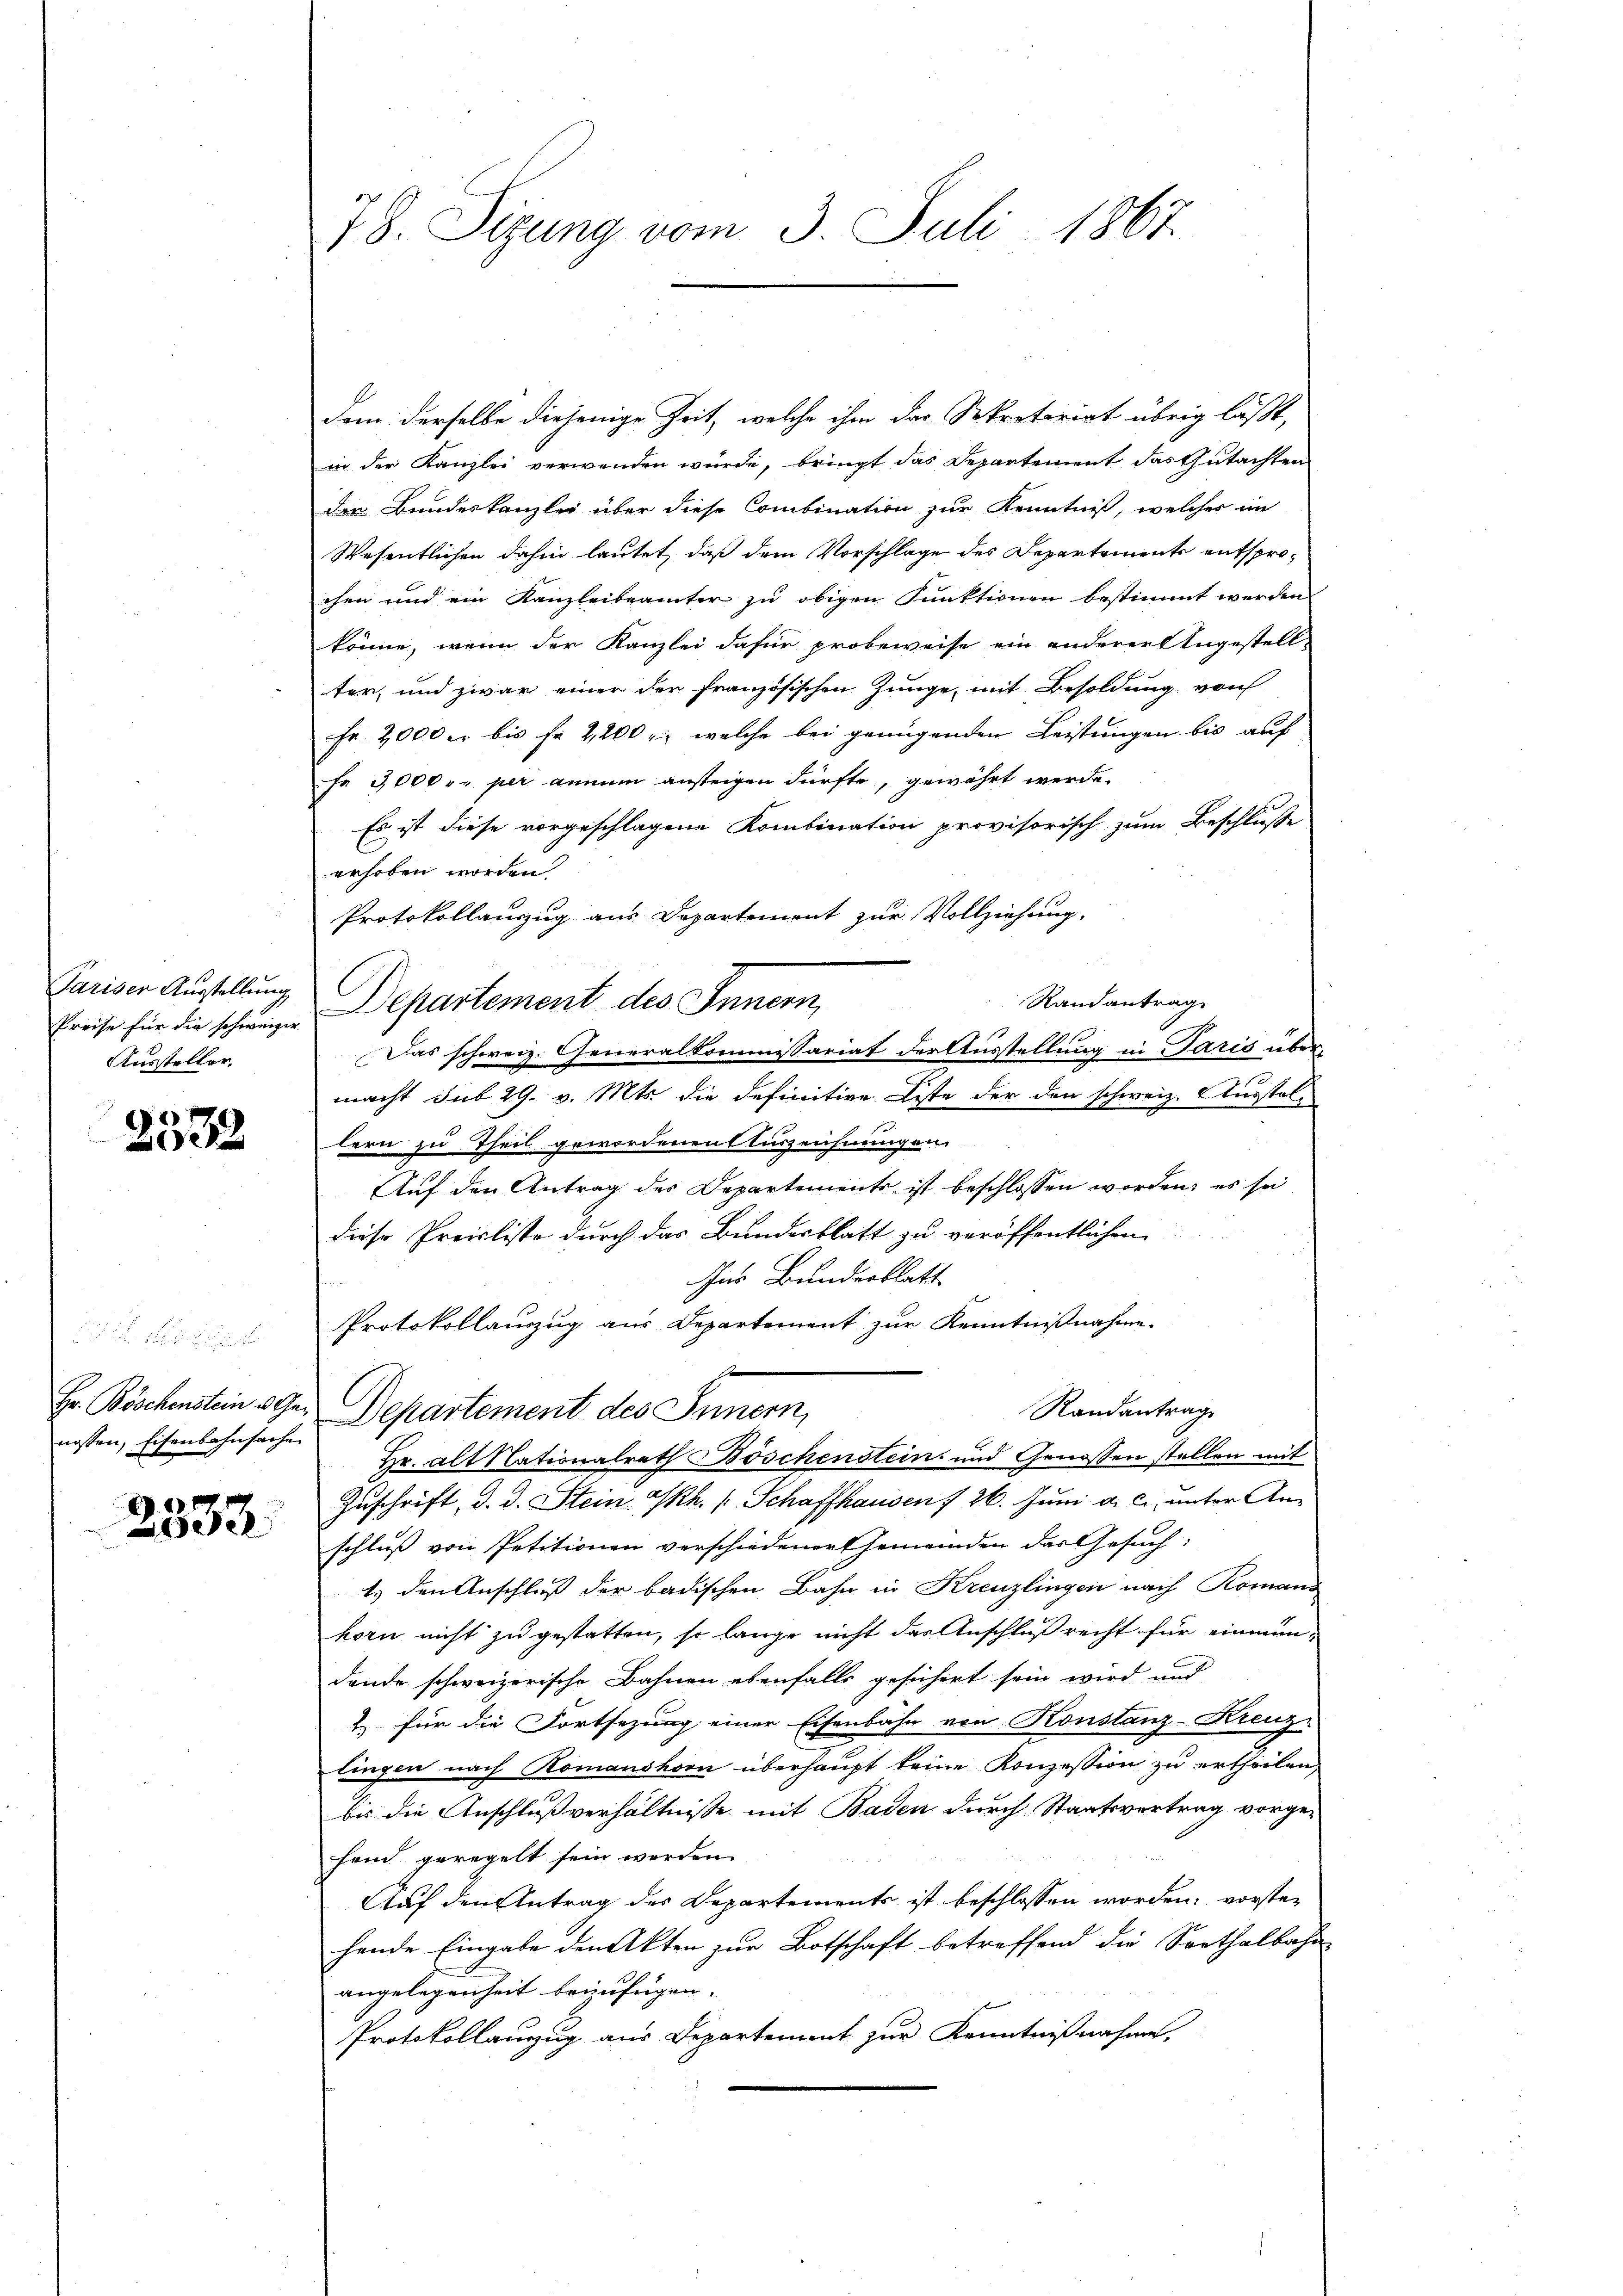
Preise für die schweizer
Aussteller,

2532

nossen, Eisenbahnsache

2333.

78. Sizung vom 3. Juli 1867.

dem derselbe diejenige Zeit, welche ihm das Sekretariat übrig läßt,
in der Kanzlei verwenden würde, bringt das Departement das Gutachten
der Bundeskanzlei über diese Combination zur Kenntniß, welcher im
Wesentlichen dahin lautet, daß dem Vorschlage des Departemente entsprochen und ein Kanzleibeamter zu obigen Funktionen bestimmt werden
könne, wenn der Kanzlei dafür probeweise ein anderer Ungestell-
ter, und zwar einer der französischen Junge, mit Besoldung von
Fr. 2000 er bis fr 2,200 r welche bei genügenden Leistungen bis auf
fe 3000 r. per annum ansteigen dürfte, gewährt werde.
Es ist diese vorgeschlagene Kombination provisorisch zum Beschlusse
erhoben worden.
Protokollauszug aus Departement zur Vollziehung.
Pariser Ausstellung, Departement des Innern,
Randantrag
Das schweiz. Generalkommissariat der Ausstellung in Paris übermacht sub 29. v. Mts. die definitive Liste der den schweiz. Ausstellern zu Theil gewordenen Auszeichnungen.
Auf den Antrag des Departemente ist beschlossen worden; es sei
diese Preisliste durch das Bundesblatt zu veröffentlichen
Aue Bundesblatt
Protokollauszug aus Departement zur Kenntnißnahme.
g
Randantrage
Hr. Böschenstein Ge- Departement des Innern,
Hr. alt Nationalrath Böschenstein und Genossen stellen mit
Zuschrift, d. d. Stein. Th. (Schaffhausen / 26. Juni a. c., unter Anschluß von Petitionen verschiedener Ehemeinden das Gesuch
1.) den Anschluß der badischen Bahn in Kreuzlingen nach Romans
korn nicht zu gestatten, so lange nicht der Anschluß recht für einmündende schweizerische Bahnen ebenfalls gesichert sein wird und
2 für die Fortsezung einer Eisenbahn von Konstanz-Kreuz-
lingen nach Romanshorn überhaupt keine Konzession zu ertheilen,
bis die Anschlussverhältnisse mit Baden durch Staatsvertrag vorgehand geregelt sein werden.
Auf den Antrag des Departements ist beschlossen worden, vorstehende Eingabe den Akten zur Botschaft betreffend die Sorthalbahn-
angelegenheit beizufügen.
Protokollanzug aus Departement zur Kenntnißnahme,